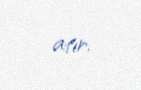
atır.